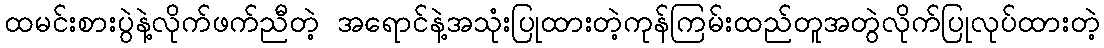
ထမင်းစားပွဲနဲ့လိုက်ဖက်ညီတဲ့ အရောင်နဲ့အသုံးပြုထားတဲ့ကုန်ကြမ်းထည်တူအတွဲလိုက်ပြုလုပ်ထားတဲ့